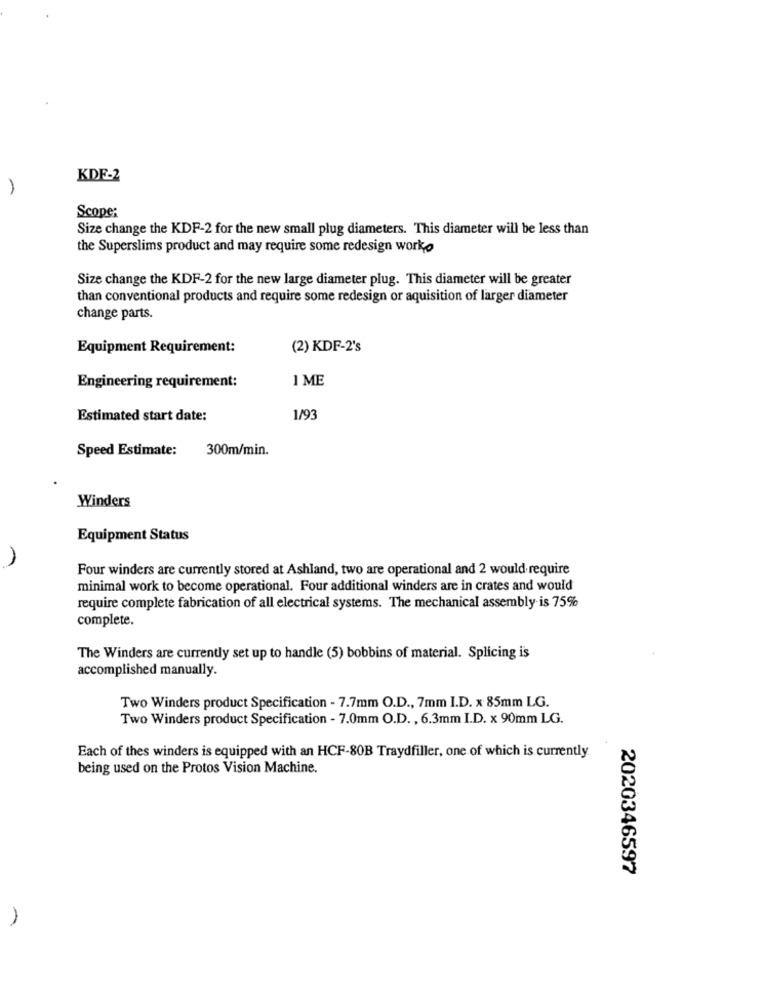
KDF-2
Scope:
Size change the KDF-2 for the new small plug diameters. This diameter will be less than
the Superslims product and may require some redesign worko
Size change the KDF-2 for the new large diameter plug. This diameter will be greater
than conventional products and require some redesign or aquisition of larger diameter
change parts.
Equipment Requirement:
(2) KDF-2's
1 ME
Engineering requirement:
Estimated start date:
1/93
Speed Estimate:
300m/min.
Winders
Equipment Status
Four winders are currently stored at Ashland, two are operational and 2 would require
minimal work to become operational. Four additional winders are in crates and would
require complete fabrication of all electrical systems. The mechanical assembly is 75%
complete.
The Winders are currently set up to handle (5) bobbins of material. Splicing is
accomplished manually.
Two Winders product Specification - 7.7mm O.D ., 7mm I.D. x 85mm LG.
Two Winders product Specification - 7.0mm O.D ., 6.3mm I.D. x 90mm LG.
Each of thes winders is equipped with an HCF-80B Traydfiller, one of which is currently.
being used on the Protos Vision Machine.
2020346597